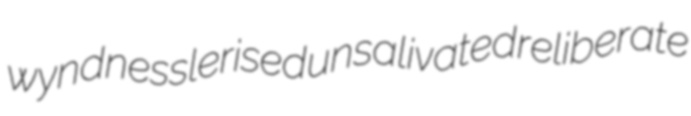
wynd nesslerised unsalivated reliberate